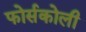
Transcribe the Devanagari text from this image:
फोर्सकोली